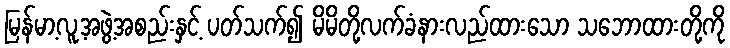
မြန်မာ့လူ့အဖွဲ့အစည်းနှင့် ပတ်သက်၍ မိမိတို့လက်ခံနားလည်ထားသော သဘောထားတို့ကို